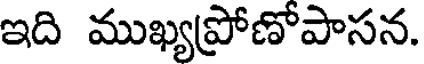
ఇది ముఖ్యప్రోణోపాసన.